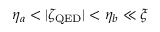
\eta _ { a } < | \zeta _ { \mathrm { Q E D } } | < \eta _ { b } \ll \xi